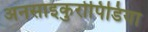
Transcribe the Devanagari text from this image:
अनसाइकुरोपिडिया